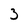
Character: 3